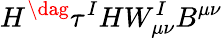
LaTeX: H^{\dag}\tau^{I}HW_{\mu\nu}^{I}B^{\mu\nu}